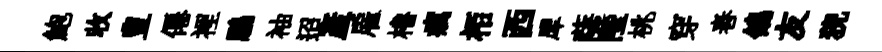
鮑收豊僊裡鵬袖迢産雇櫓癘栢西犀薩陛桃穿舂鴿友猊